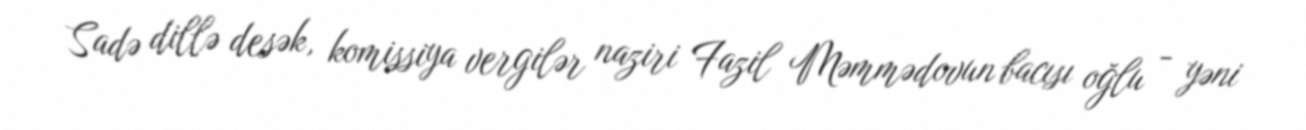
Sadə dillə desək, komissiya vergilər naziri Fazil Məmmədovun bacısı oğlu - yəni